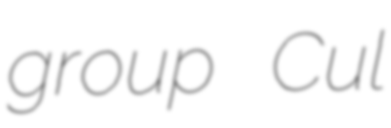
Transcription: group Cul